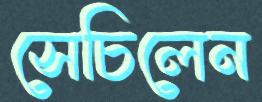
সেচিলেন